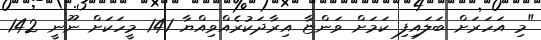
"މި އަހަރަށް ބަލައިފި ކަމަށް ވަންޏާ އިރާދަކުރެއްވިއްޔާ 141 މީހަކަށް ނޫނީ 142